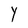
Character: Y